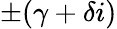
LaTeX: \pm(\gamma+\delta i)